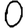
Digit: 0